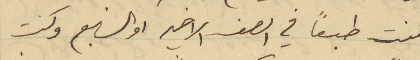
كنت طبعاً في الصف الاخير او السابع وكنت